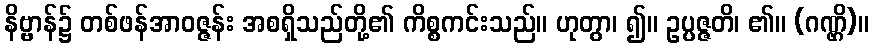
နိဗ္ဗာန်၌ တစ်ဖန်အာဝဇ္ဇန်း အစရှိသည်တို့၏ ကိစ္စကင်းသည်။ ဟုတွာ၊ ၍။ ဥပ္ပဇ္ဇတိ၊ ၏။ (ဂဏ္ဌိ)။